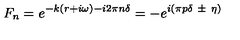
F _ { n } = e ^ { - k ( r + i \omega ) - i 2 \pi n \delta } = - e ^ { i ( \pi p \delta \ \pm \ \eta ) }